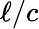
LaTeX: \ell/c